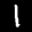
Label: 1